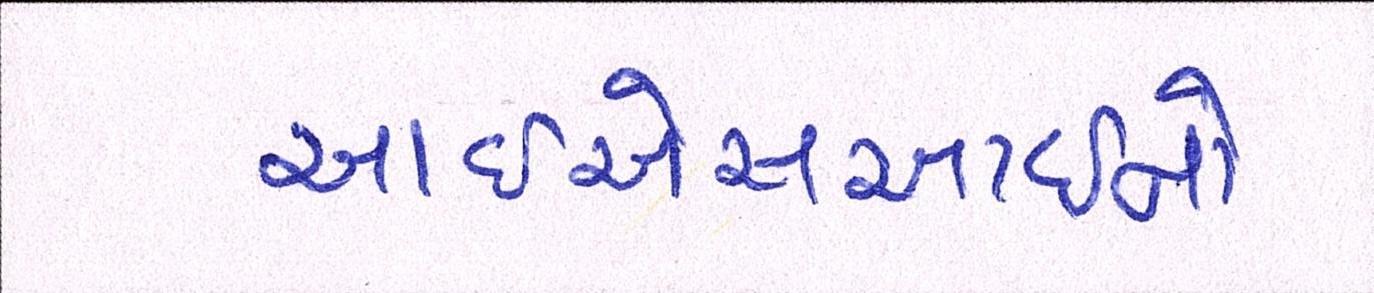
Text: આઇએસઆઇનો